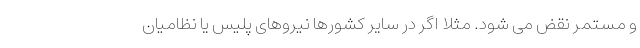
و مستمر نقض می شود. مثلاً اگر در سایر کشورها نیروهای پلیس یا نظامیان